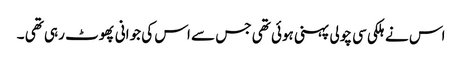
اس نے ہلکی سی چولی پہنی ہوئی تھی جس سے اس کی جوانی پھوٹ رہی تھی ۔